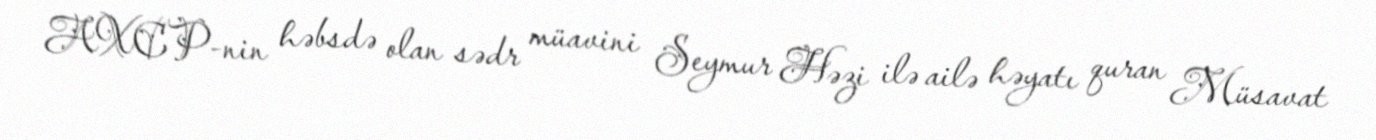
AXCP-nin həbsdə olan sədr müavini Seymur Həzi ilə ailə həyatı quran Müsavat